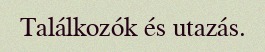
Találkozók és utazás.